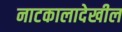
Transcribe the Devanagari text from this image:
नाटकालादेखील